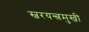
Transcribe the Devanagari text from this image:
स्वरयन्त्रमुखी